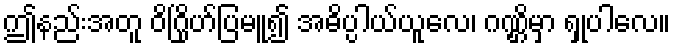
ဤနည်းအတူ ဝိဂြိုဟ်ပြမူ၍ အဓိပ္ပါယ်ယူလေ၊ ဂဏ္ဌိမှာ ရှုပါလေ။